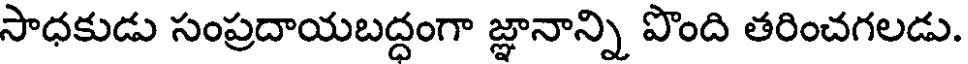
సాధకుడు సంప్రదాయబద్దంగా జ్ఞానాన్ని పొంది తరించగలడు.